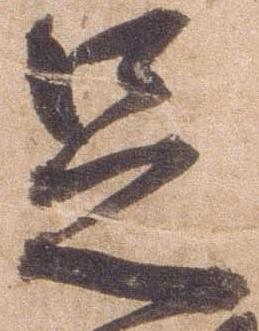
足